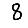
Digit: 8